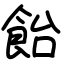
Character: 飴